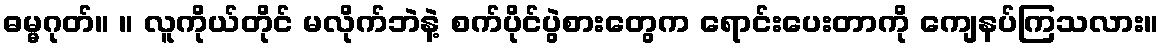
ဓမ္မဂုတ်။ ။ လူကိုယ်တိုင် မလိုက်ဘဲနဲ့ စက်ပိုင်ပွဲစားတွေက ရောင်းပေးတာကို ကျေနပ်ကြသလား။